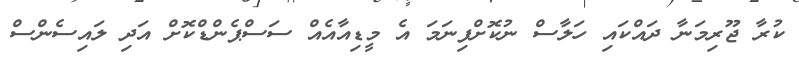
ކުރާ ޖޫރިމަނާ ދައްކައި ހަލާސް ނުކޮށްފިނަމަ އެ މީޑިއާއެއް ސަސްޕެންޑްކޮށް އަދި ލައިސެންސް